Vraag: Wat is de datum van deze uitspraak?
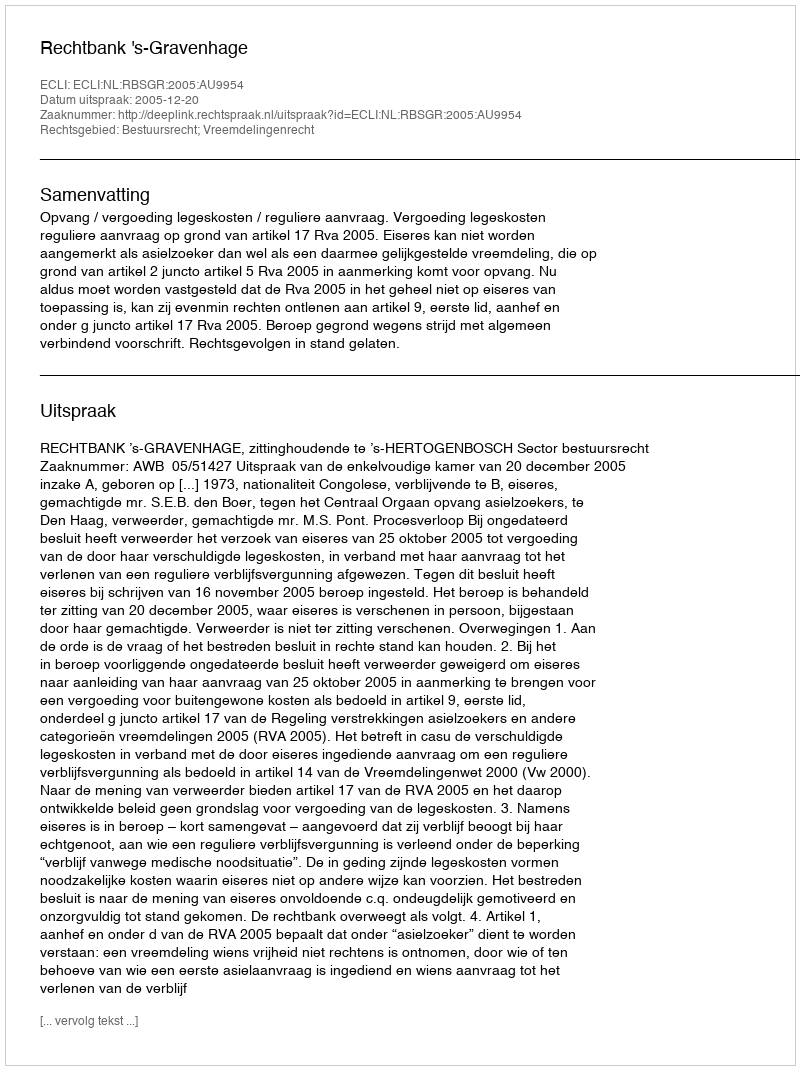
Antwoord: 2005-12-20